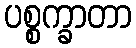
ပစ္စက္ခာတာ